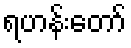
ရဟန်းတော်